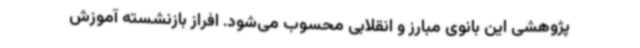
پژوهشی این بانوی مبارز و انقلابی محسوب می‌شود. افراز بازنشسته آموزش